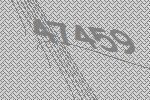
47459